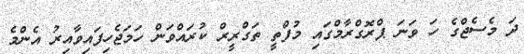
ދަ މެސެޖްގެ ހަ ވަނަ ޕްރޮގްރާމްގައި މުފްތީ ތަގްރީރް ކުރައްވަން ހަމަޖެހިފައިވާއިރު އެންމެ